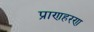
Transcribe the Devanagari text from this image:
प्राणहरण